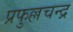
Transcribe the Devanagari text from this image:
प्रफुल्लचन्द्र